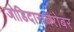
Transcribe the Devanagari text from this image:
जोडिदाराबरोबर